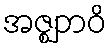
အဇ္ဈဘဝိ